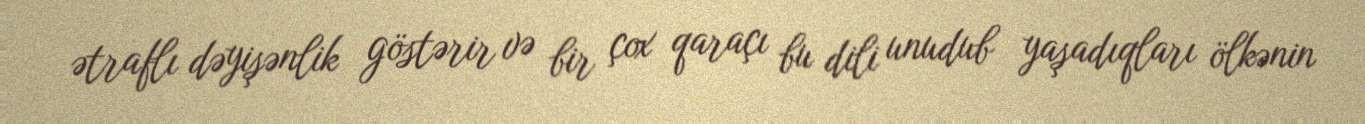
ətraflı dəyişənlik göstərir və bir çox qaraçı bu dili unudub yaşadıqları ölkənin